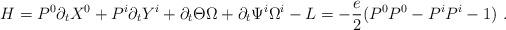
LaTeX: \begin{align*}H=P^0\partial_t X^0+P^i\partial_t Y^i+\partial_t \Theta\Omega+\partial_t \Psi^i\Omega^i-L=-{e\over 2}(P^0P^0-P^iP^i-1)~.\end{align*}